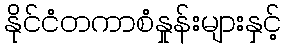
နိုင်ငံတကာစံနှုန်းများနှင့်